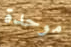
موحدة